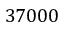
3 7 0 0 0